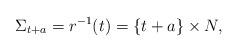
LaTeX: \begin{align*}\Sigma_{t + a} = r^{-1}(t) = \{t + a \} \times N,\end{align*}